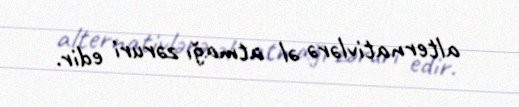
alternativlərə əl atmağı zəruri edir.